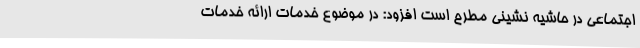
اجتماعی در حاشیه نشینی مطرح است افزود: در موضوع خدمات ارائه خدمات